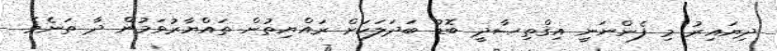
ދިޔައިރު މި ފެންނަނީ އިޤްތިޞާދީ ބޮޑު ބަދަލަކަށް ރައްޔިތުން ތައްޔާރުވަމުން ދާ ތަނެވެ.